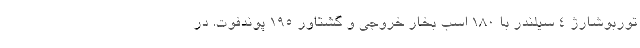
توربوشارژ 4 سیلندر با 180 اسب بخار خروجی و گشتاور 195 پوندفوت. در